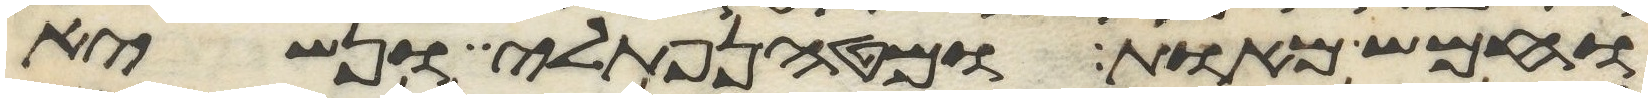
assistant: וחמש מאות ומטה נפתלי ונשיא